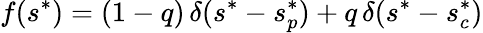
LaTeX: f(s^{*})=(1-q)\, \delta(s^{*}-s_{p}^{*})+q\, \delta(s^{*}-s_{c}^{*})